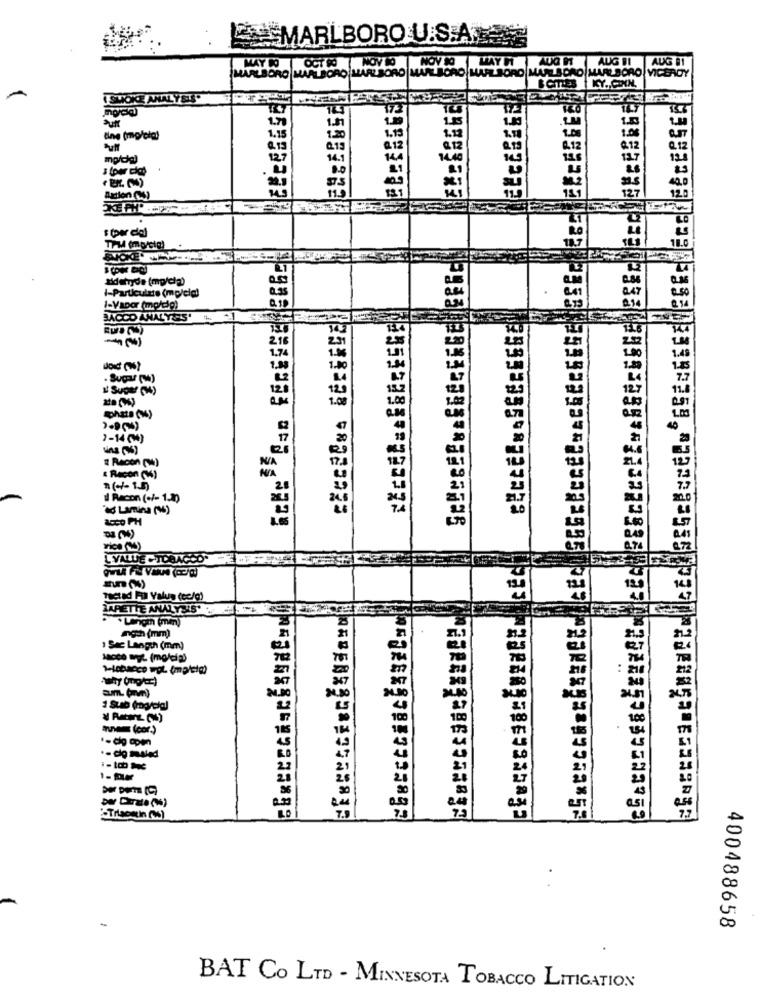
MARLBORO U.S.A.
MAYO OCT 0
NOV 10
WAYCAUGHT AUGDI AUG .1
MARLBORO MAATBORO MARLBORO MARLBORO MARLBORO MAPESDRO MARLBORO VICEROY
BOITES | KY ., CNN,
ISWOKE ANALYSISO
EBCESESO
FECEEGES
1.31
line (molata)
1.1.
€.15
127
121
127
42.0
Action (S)
=ExRECEBERERENCE. CEC 565.EccEL.ACEECEEGENGEEL Coc
120
# (per dla)
tidehyde (mp/dla)
50
I-Particuinte (mp/cia)
1-Vapor (mg/dlg)
BACCO ANALYS'
f
216
1.74
doId (WT
. Sugar ()
· Super (w)
120
7-14 (M)
Mins (%)
# Recon (M)
& Racon (Wo)
Il Racon (+/- 1.20
Od Lamina (W)
25co PH
LVALUE CICHAGOD.
CEC
123/
Taetad Full Value (ec/g)
chuckscaseConace
ng (mm)
1 Sac Langch (mm)
:- tobacco wpt. impleto)
1 Suab (rogela)
Innem (cor.)
185
ber Dirate (N)
"-Triaein (M)
7.7
400488658
BAT CO LTD - MINNESOTA TOBACCO LITIGATION